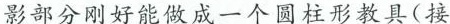
影部分刚好能做成一个圆柱形教具(接